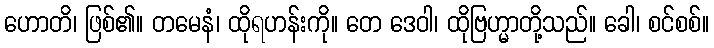
ဟောတိ၊ ဖြစ်၏။ တမေနံ၊ ထိုရဟန်းကို။ တေ ဒေဝါ၊ ထိုဗြဟ္မာတို့သည်။ ခေါ၊ စင်စစ်။